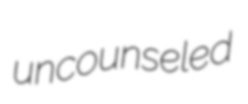
uncounseled